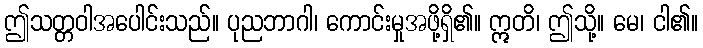
ဤသတ္တဝါအပေါင်းသည်။ ပုညဘာဂါ၊ ကောင်းမှုအဖို့ရှိ၏။ ဣတိ၊ ဤသို့။ မေ၊ ငါ၏။